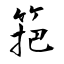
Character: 筢